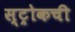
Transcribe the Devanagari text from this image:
स्ट्रोकची